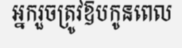
អ្នករួចត្រូវឱបកូនពេល